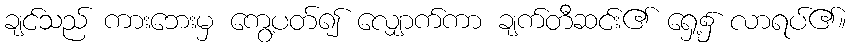
ချင်သည် ကားဘေးမှ ကွေ့ပတ်၍ လျှောက်ကာ ချက်တီဆင်း၏ ရှေ့၌ လာရပ်၏။